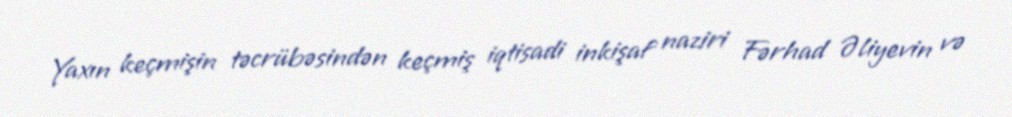
Yaxın keçmişin təcrübəsindən keçmiş iqtisadi inkişaf naziri Fərhad Əliyevin və